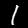
Label: 1